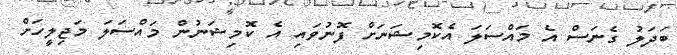
ބަދަލު ގެނަސް އެ މައްސަލަ އެކޮމިޝަނަށް ފޮނުވައި އެ ކޮމިޝަނުން މައްސަލަ މަޖިލީހަށް